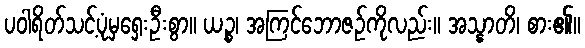
ပဝါရိတ်သင့်ပုံမှရှေးဦးစွာ။ ယဉ္စ၊ အကြင်ဘောဇဉ်ကိုလည်း။ အသ္နာတိ၊ စား၏။